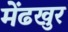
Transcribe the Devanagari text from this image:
मेंढखुर